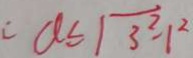
a \leq \sqrt { 3 ^ { 2 } - 1 ^ { 2 } }